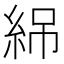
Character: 𬗏